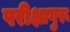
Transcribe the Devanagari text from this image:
परीक्षागुरू